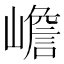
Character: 嶦